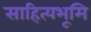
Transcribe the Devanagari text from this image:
साहित्यभूमि